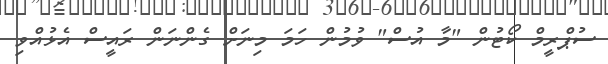
ސުޕްރީމް ކޯޓުން "މާ އުސް" ވުމުން ހަމަ މިނަށް ގެންނަން ރައީސް އެޅުއްވި